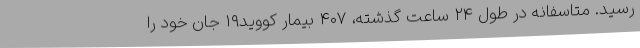
رسید. متاسفانه در طول ۲۴ ساعت گذشته، ۴۰۷ بیمار کووید۱۹ جان خود را